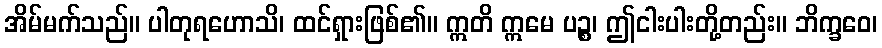
အိမ်မက်သည်။ ပါတုရဟောသိ၊ ထင်ရှားဖြစ်၏။ ဣတိ ဣမေ ပဉ္စ၊ ဤငါးပါးတို့တည်း။ ဘိက္ခဝေ၊